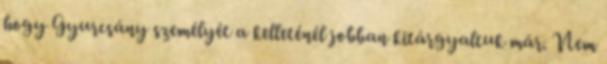
hogy Gyurcsány személyét a kelleténél jobban kitárgyaltuk már. Nem